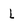
Character: L